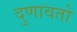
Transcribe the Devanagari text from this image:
दुणावतो